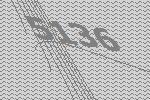
5136